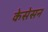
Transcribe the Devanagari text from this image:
केसेसन